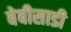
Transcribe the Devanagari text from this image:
बेबीसाडी